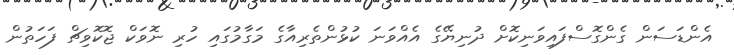
އެންޑަސަން ގެންގޮސްފައިވަނިކޮށް ދުނިޔޭގެ އެއްވަނަ ކުޅުންތެރިއާގެ މަގާމުގައި ހުރި ނޮވަކް ޖޮކޮވިޗް ފަހަތުން